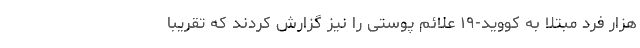
هزار فرد مبتلا به کووید-۱۹ علائم پوستی را نیز گزارش کردند که تقریبا